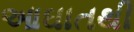
આઘાતથી